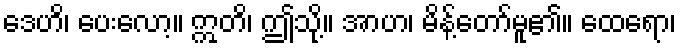
ဒေဟိ၊ ပေးလော့။ ဣတိ၊ ဤသို့။ အာဟ၊ မိန့်တော်မူ၏။ ထေရော၊